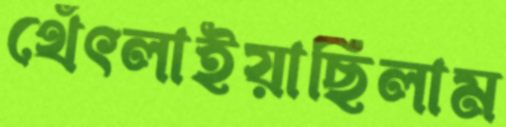
থেঁৎলাইয়াছিলাম